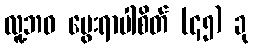
လူ့ဘဝ မွေးရာပါစိတ် (၄၅) ခု